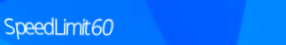
SpeedLimit60